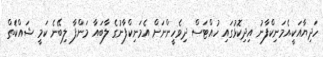
ހަދިޔާއަކީ.އެމަނިކްފާނު އިދިކޮޅުގައި ހުއްޓަސް ދިވެހީންނަށް އެމަނިކްފާނުގެ ލާބައާ މަންފާ ލިބޭނެ ކަމީ ޝައްކަެތް